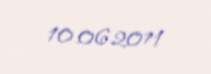
10.06.2011